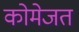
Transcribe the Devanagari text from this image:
कोमेजत